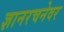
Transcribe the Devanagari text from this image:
ज्ञानरचनेवर